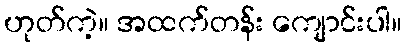
ဟုတ်ကဲ့။ အထက်တန်း ကျောင်းပါ။